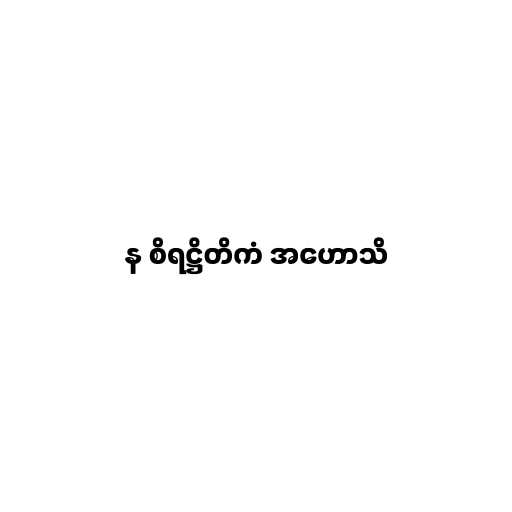
န စိရဋ္ဌိတိကံ အဟောသိ